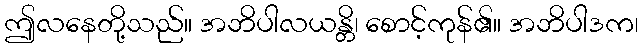
ဤလနေတို့သည်။ အဘိပါလယန္တိ၊ စောင့်ကုန်၏။ အဘိပါဒက၊